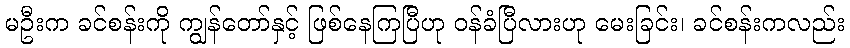
မဦးက ခင်စန်းကို ကျွန်တော်နှင့် ဖြစ်နေကြပြီဟု ဝန်ခံပြီလားဟု မေးခြင်း၊ ခင်စန်းကလည်း